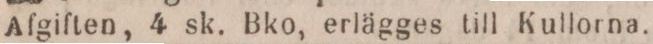
Afgiften, 4 sk. Bko, erlägges till Kullorna.